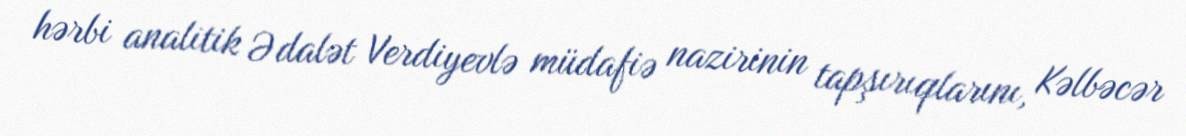
hərbi analitik Ədalət Verdiyevlə müdafiə nazirinin tapşırıqlarını, Kəlbəcər